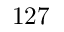
1 2 7